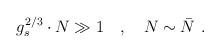
LaTeX: \begin{align*}g_s^{2/3}\cdot N \gg 1 \quad , \quad N\sim \bar{N} ~. \end{align*}